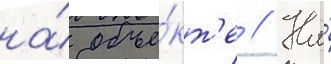
на́ объе́кт'е // На́